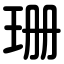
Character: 珊